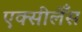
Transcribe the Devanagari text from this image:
एक्सीलेँस